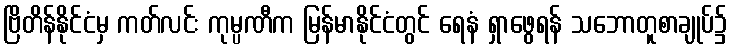
ဗြိတိန်နိုင်ငံမှ ကတ်လင်း ကုမ္ပဏီက မြန်မာနိုင်ငံတွင် ရေနံ ရှာဖွေရန် သဘောတူစာချုပ်၌